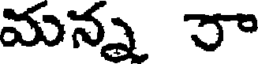
మన్న రా